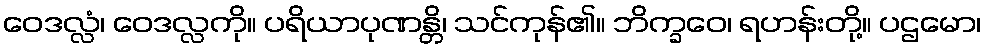
ဝေဒလ္လံ၊ ဝေဒလ္လကို။ ပရိယာပုဏန္တိ၊ သင်ကုန်၏။ ဘိက္ခဝေ၊ ရဟန်းတို့။ ပဌမော၊